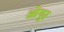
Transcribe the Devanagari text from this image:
ओयुर